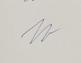
Signature authenticity: genuine